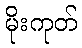
မိုးကုတ်